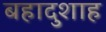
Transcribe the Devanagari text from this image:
बहादुशाह